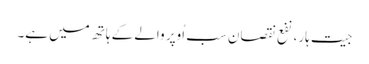
جیت ہار، نفع نقصان سب اُوپر والے کے ہاتھ میں ہے۔